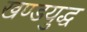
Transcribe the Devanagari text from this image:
खण्डयुद्ध